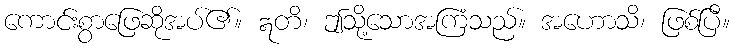
ကောင်းစွာဖြေဆိုအပ်၏။ ဣတိ၊ ဤသို့သောအကြံသည်။ အဟောသိ၊ ဖြစ်ပြီ။